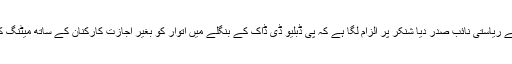
بی جے پی کے ریاستی نائب صدر دیا شنکر پر الزام لگا ہے کہ پی ڈبلیو ڈی ڈاک کے بنگلے میں اتوار کو بغیر اجازت کارکنان کے ساتھ میٹنگ کر رہے تھے۔